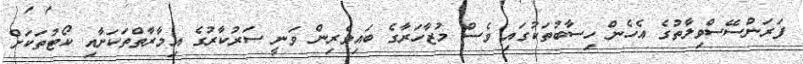
ފަރަންސޭސްވިލާތުގެ އެހެން ހިސާބުތަކުގައި ވެސް މުޒާހަރާގެ ބައިވެރިން ވަނީ ސަރުކާރުގެ އިމާރާތްތަކަށާއި ކޯޓުތަކަށް